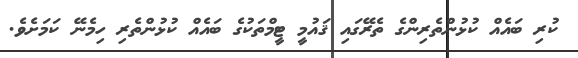
ކުރި ބައެއް ކުޅުންތެރިންގެ ތެރޭގައި ޤައުމީ ޓީމްތަކުގެ ބައެއް ކުޅުންތެރި ހިމެނޭ ކަމަށެވެ.